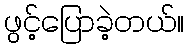
ဖွင့်ပြောခဲ့တယ်။